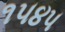
૧૫૪૫